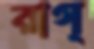
রাগ্‌